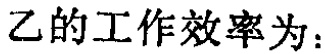
乙的工作效率为：